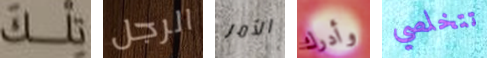
تلك الرجل الأمر وأدرك تتخلصي